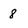
Character: 8